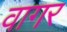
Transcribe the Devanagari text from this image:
वागर